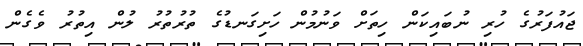
ޖައުފަރުގެ ހުރި ނުބައިކަން ހިތަށް ވަނުމުން ހަށިގަނޑުގެ ތުރުތުރު ލުން އިތުރު ވެގެން